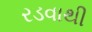
રડવાથી